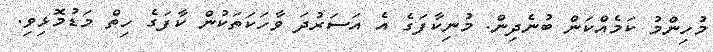
މުހިންމު ކަމެއްކަން ބުނެދިން. މުނިކާފަގެ އެ އަސަރުދަ ވާހަކަތަކުން ކާފަގެ ހިތް މަޑުމޮޅިވި.